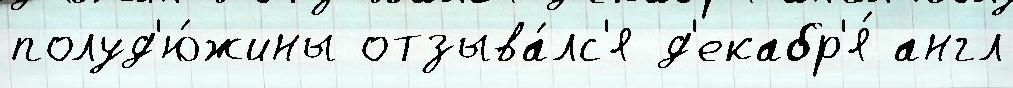
полуд'ю́жины отзыва́лс'я д'екабр'я́ англ